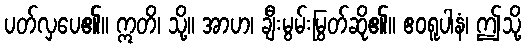
ပတ်လှပေ၏။ ဣတိ၊ သို့။ အာဟ၊ ချီးမွမ်းမြွတ်ဆို၏။ ဧဝရူပါနံ၊ ဤသို့